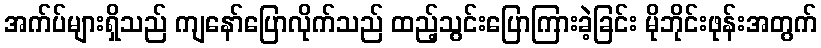
အက်ပ်များရှိသည် ကျနော်ပြောလိုက်သည် ထည့်သွင်းပြောကြားခဲ့ခြင်း မိုဘိုင်းဖုန်းအတွက်